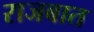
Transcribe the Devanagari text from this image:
राजबात